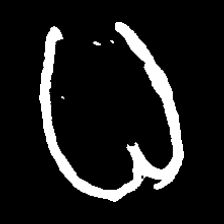
Pyu character \u2014 Myanmar letter: ဓ (romanized: dha)